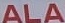
ALA